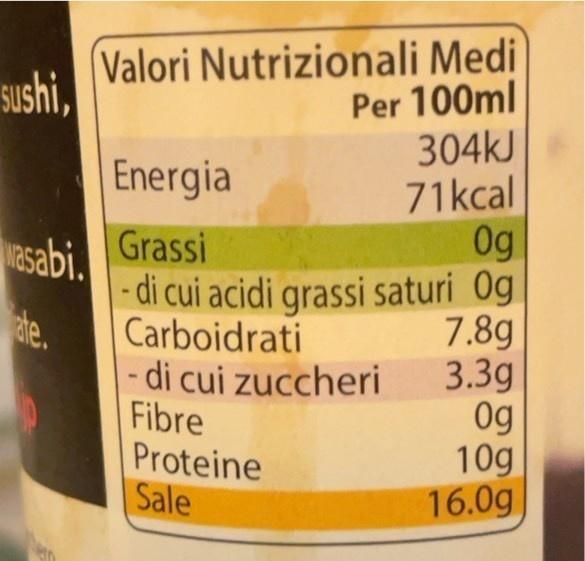
Valori Nutrizionali Medi Per 100ml 304kJ 71kcal 0g - di cui acidi grassi saturi Og 7.8g 3.3g Og 10g 16.0g
Sushi,
Energia
Rsabi. Grassi de.
Carboidrati - di cui zuccheri Fibre Proteine Sale